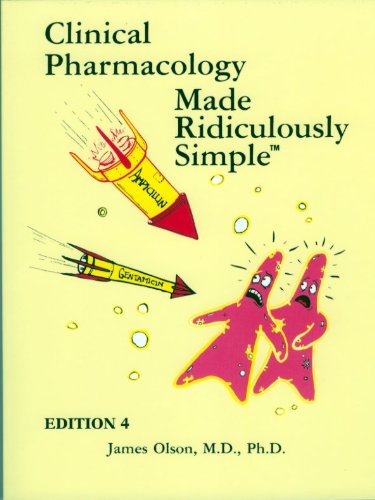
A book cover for Clinical Pharmacology Made Ridiculously Simple; James Olson; Medical Books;